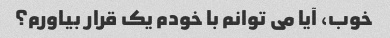
خوب، آیا می توانم با خودم یک قرار بیاورم؟